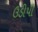
ઉડીપી